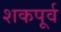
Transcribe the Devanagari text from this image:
शकपूर्व